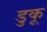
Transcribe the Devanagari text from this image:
डुकू